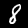
Digit: 8